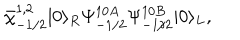
\bar { \chi } _ { - 1 / 2 } ^ { 1 , 2 } | 0 \rangle _ { R } \Psi _ { - 1 / 2 } ^ { 1 0 A } \Psi _ { - 1 / 2 } ^ { 1 0 B } | 0 \rangle _ { L } ,